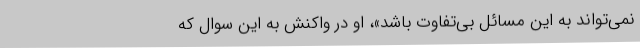
نمی‌تواند به این مسائل بی‌تفاوت باشد»، او در واکنش به این سوال که